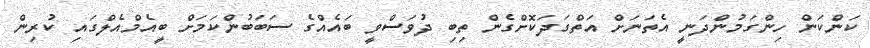
ކަންކަން ހިންގަމުންދަނީ އެތަނަށް އަތްގަދަކޮށްގެން ތިބި ދުވަސްވީ ބައެއްގެ ސަބަބުންކަމަށް ބީއެމްއެލްގައި ކުރިން